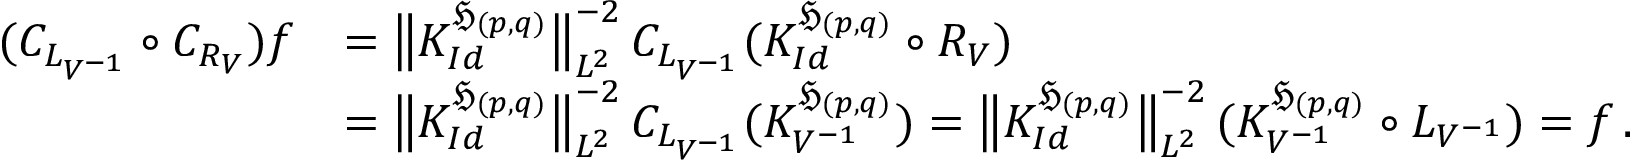
\begin{array} { r l } { ( C _ { L _ { V ^ { - 1 } } } \circ C _ { R _ { V } } ) f } & { = \big \| K _ { I d } ^ { \mathfrak H _ { ( p , q ) } } \big \| _ { L ^ { 2 } } ^ { - 2 } \, C _ { L _ { V ^ { - 1 } } } ( K _ { I d } ^ { \mathfrak H _ { ( p , q ) } } \circ { R _ { V } } ) } \\ & { = \big \| K _ { I d } ^ { \mathfrak H _ { ( p , q ) } } \big \| _ { L ^ { 2 } } ^ { - 2 } \, C _ { L _ { V ^ { - 1 } } } ( K _ { V ^ { - 1 } } ^ { \mathfrak H _ { ( p , q ) } } ) = \big \| K _ { I d } ^ { \mathfrak H _ { ( p , q ) } } \big \| _ { L ^ { 2 } } ^ { - 2 } \, ( K _ { V ^ { - 1 } } ^ { \mathfrak H _ { ( p , q ) } } \circ L _ { V ^ { - 1 } } ) = f \, . } \end{array}